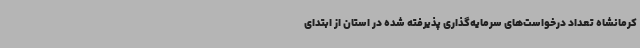
کرمانشاه تعداد درخواست‌های سرمایه‌گذاری پذیرفته شده در استان از ابتدای